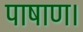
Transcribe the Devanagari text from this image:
पाषाण।